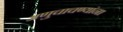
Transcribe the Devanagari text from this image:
अणुचाचण्यांना